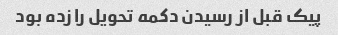
پیک قبل از رسیدن دکمه تحویل را زده بود